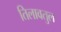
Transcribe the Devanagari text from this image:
तिलावतुल